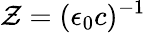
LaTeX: \mathcal Z=(\epsilon_{0}c)^{-1}